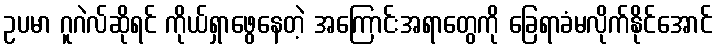
ဥပမာ ဂူဂဲလ်ဆိုရင် ကိုယ်ရှာဖွေနေတဲ့ အကြောင်းအရာတွေကို ခြေရာခံမလိုက်နိုင်အောင်